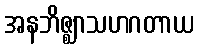
အနဘိဇ္ဈာသဟဂတာယ